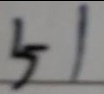
5 1